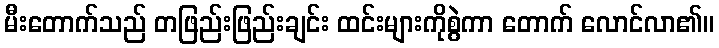
မီးတောက်သည် တဖြည်းဖြည်းချင်း ထင်းများကိုစွဲကာ တောက် လောင်လာ၏။